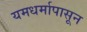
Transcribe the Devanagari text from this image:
यमधर्मापासून